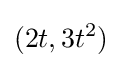
(2t,3t^{2})